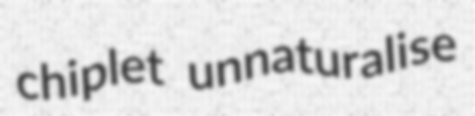
chiplet unnaturalise